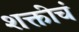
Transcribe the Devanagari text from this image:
शक्तीचं